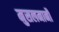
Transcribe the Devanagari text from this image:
मुसलमानौं